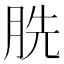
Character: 𮲫